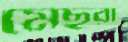
মেছরা